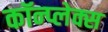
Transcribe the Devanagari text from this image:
कॉन्प्लेक्स